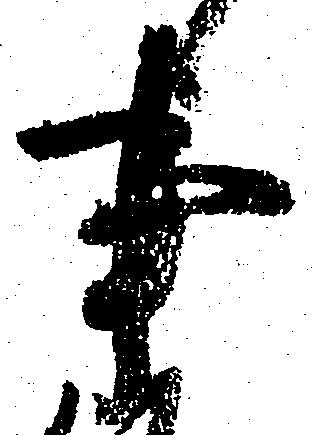
事